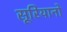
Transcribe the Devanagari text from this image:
सूरियानो